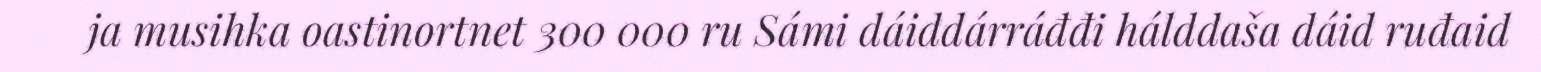
ja musihka oastinortnet 300 000 ru Sámi dáiddárráđđi hálddaša dáid ruđaid